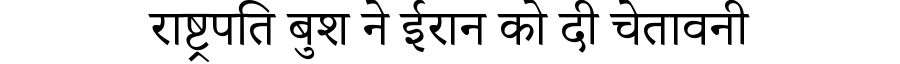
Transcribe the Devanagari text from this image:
राष्ट्रपति बुश ने ईरान को दी चेतावनी